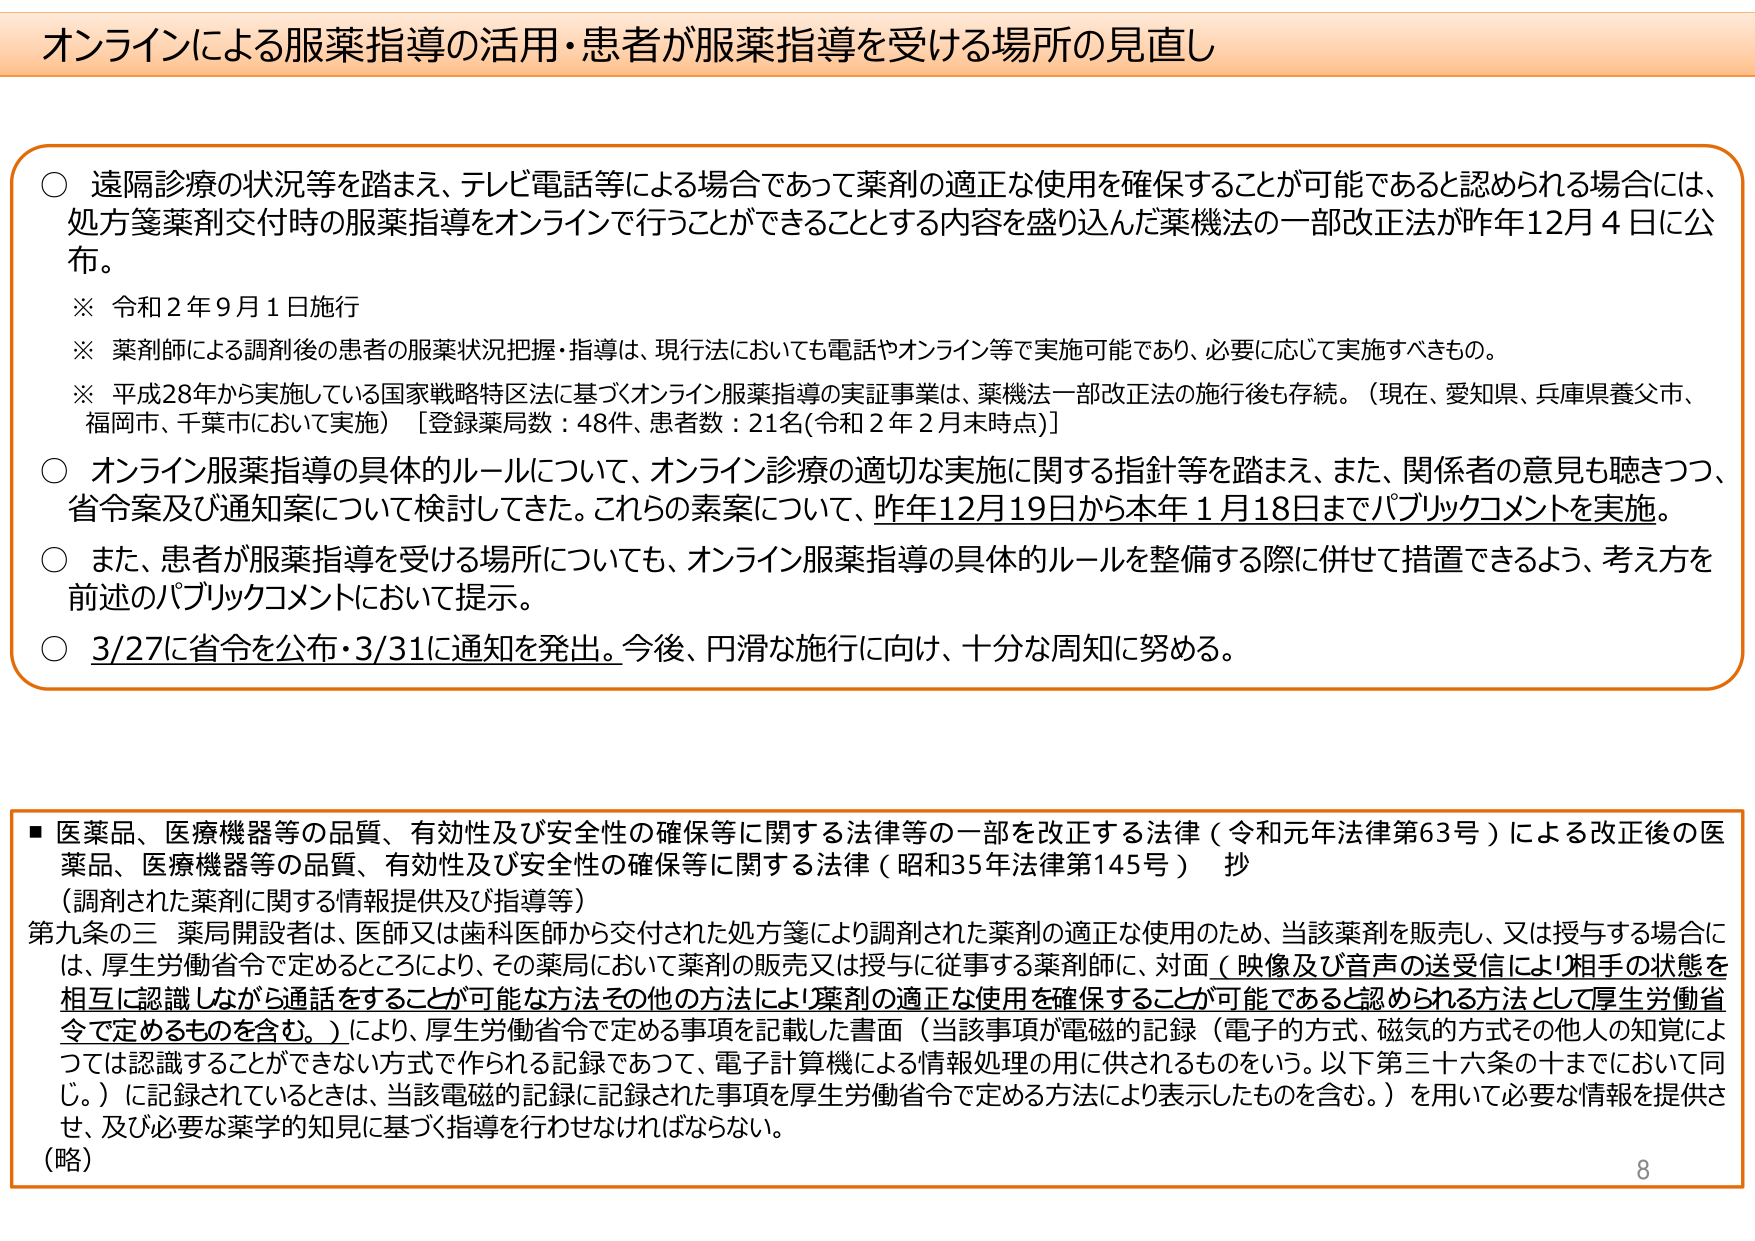
オンラインによる服薬指導の活用・患者が服薬指導を受ける場所の見直し

○ 遠隔診療の状況等を踏まえ、テレビ電話等による場合であって薬剤の適正な使用を確保することが可能であると認められる場合には、処方箋薬剤交付時の服薬指導をオンラインで行うことができる thingとする内容を盛り込んだ薬機法の一部改正法が昨年12月4日に公布。
※ 令和2年9月1日施行
※ 薬剤師による調剤後の患者の服薬状況把握・指導は、現行法においても電話やオンライン等で実施可能であり、必要に応じて実施すべきもの。
※ 平成28年から実施している国家戦略特区法に基づくオンライン服薬指導の実証事業は、薬機法一部改正法の施行後も存続。（現在、愛知県、兵庫県養父市、福岡市、千葉市において実施）［登録薬局数：48件、患者数：21名(令和2年2月末時点)］

○ オンライン服薬指導の具体的ルールについて、オンライン診療の適切な実施に関する指針等を踏まえ、また、関係者の意見も聴きつつ、省令案及び通知案について検討してきた。これらの素案について、昨年12月19日から本年1月18日までパブリックコメントを実施。

○ また、患者が服薬指導を受ける場所についても、オンライン服薬指導の具体的ルールを整備する際に併せて措置できるよう、考え方を前述のパブリックコメントにおいて提示。

○ 3/27に省令を公布・3/31に通知を発出。今後、円滑な施行に向け、十分な周知に努める。

■ 医薬品、医療機器等の品質、有効性及び安全性の確保等に関する法律等の一部を改正する法律（令和元年法律第63号）による改正後の医薬品、医療機器等の品質、有効性及び安全性の確保等に関する法律（昭和35年法律第145号） 抄
（調剤された薬剤に関する情報提供及び指導等）
第九条の三 薬局開設者は、医師又は歯科医師から交付された処方箋により調剤された薬剤の適正な使用のため、当該薬剤を販売し、又は授与する場合には、厚生労働省令で定めるところにより、その薬局において薬剤の販売又は授与に従事する薬剤師に、対面（映像及び音声の送受信により相手の状態を相互に認識しながら通話をすることが可能な方法その他の方法により薬剤の適正な使用を確保することが可能であると認められる方法として厚生労働省令で定めるものを含む。）により、厚生労働省令で定める事項を記載した書面（当該事項が電磁的記録（電子的方式、磁気的方式その他人の知覚によっては認識することができない方式で作られる記録であって、電子計算機による情報処理の用に供されるものをいう。以下第三十六条の十までにおいて同じ。）に記録されているときは、当該電磁的記録に記録された事項を厚生労働省令で定める方法により表示したものを含む。）を用いて必要な情報を提供させ、及び必要な薬学的知見に基づく指導を行わなければならない。
（略）

8